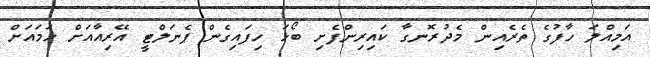
އަމިއްލަ ހާފުގެ ތެރެއިން މެދުރޮނގާ ކައިރިންފެށި ބޯޅަ ހިފައިގެން ޕެނަލްޓީ އޭރިއާއަށް ހަމައަށް